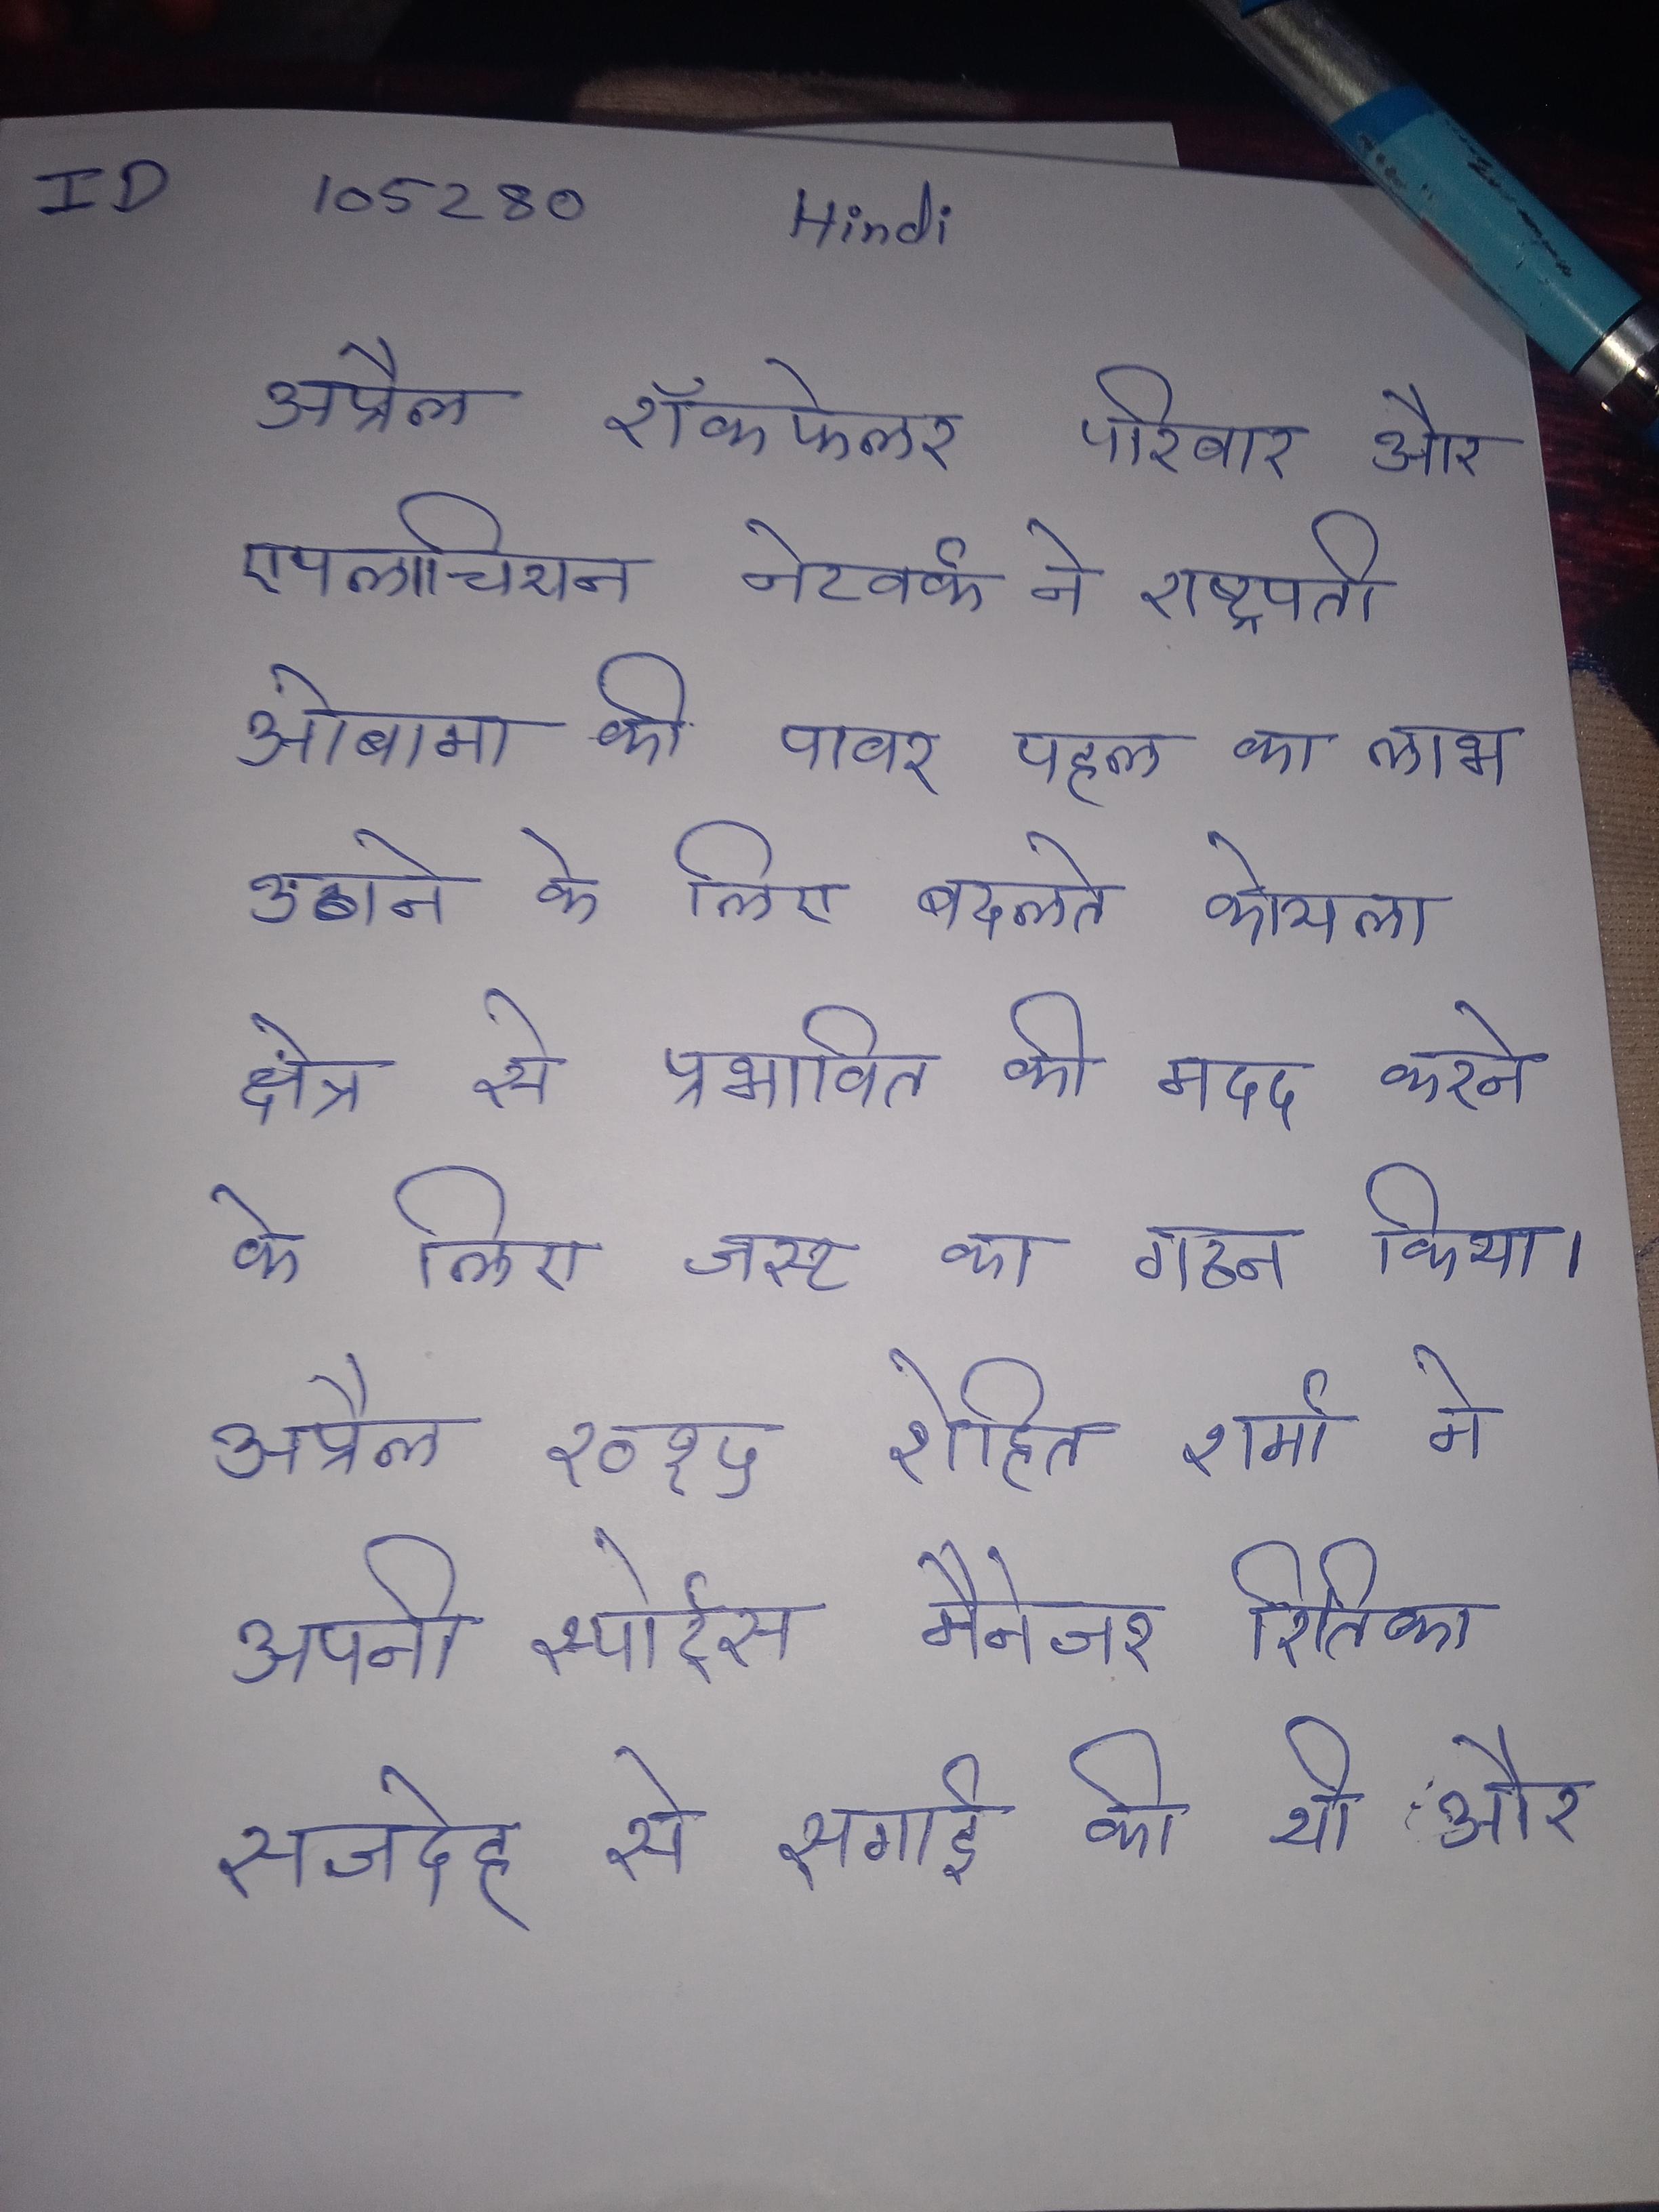
अप्रैल रॉकफेलर परिवार और एपलाचियन नेटवर्क ने राष्ट्रपति ओबामा की पावर पहल का लाभ उठाने के लिए बदलते कोयला क्षेत्र से प्रभावित की मदद करने के लिए जस्ट का गठन किया । अप्रैल २०१५ रोहित शर्मा ने अपनी स्पोर्ट्स मैनेजर रितिका सजदेह से सगाई की थी और बाद १३ दिसम्बर २०१५ को ने शादी कर ली की एक बेटी पैदा हुई इसका नाम समीरा शर्मा रखा ।